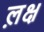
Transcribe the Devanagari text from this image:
ल़क्ष